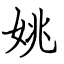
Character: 姚